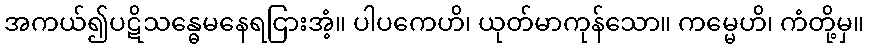
အကယ်၍ပဋိသန္ဓေမနေရငြားအံ့။ ပါပကေဟိ၊ ယုတ်မာကုန်သော။ ကမ္မေဟိ၊ ကံတို့မှ။